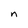
Character: n